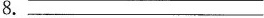
8.___